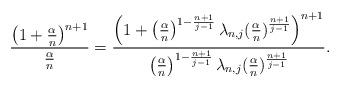
LaTeX: \begin{align*} \frac{\left(1+\frac{\alpha}{n}\right)^{n+1}}{\frac{\alpha}{n}}= \frac{\left(1+\left(\frac{\alpha}{n}\right)^{1-\frac{n+1}{j-1}}\lambda_{n,j}(\frac{\alpha}{n})^{\frac{n+1}{j-1}} \right)^{n+1}}{\left(\frac{\alpha}{n}\right)^{1-\frac{n+1}{j-1}}\lambda_{n,j}(\frac{\alpha}{n})^{\frac{n+1}{j-1}}}.\end{align*}